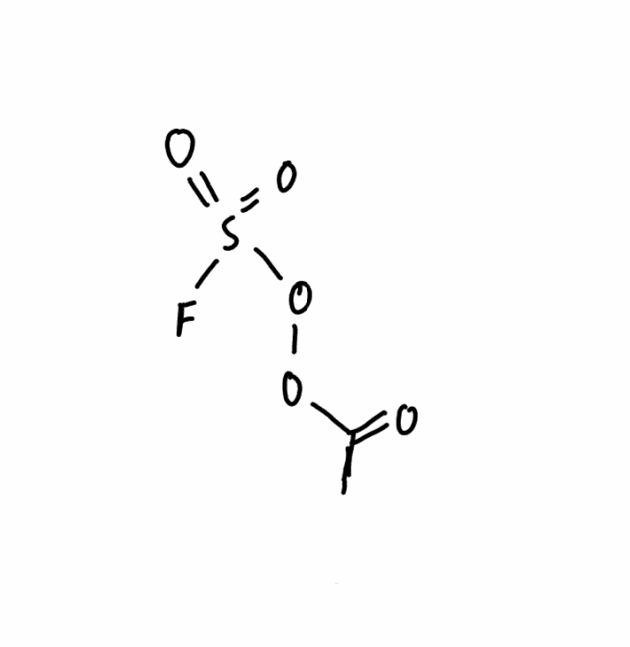
Simplified molecular-input line-entry system (SMILES) notation of the given molecule:
CC(=O)OOS(=O)(=O)F